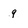
Character: 9